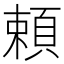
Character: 頼